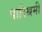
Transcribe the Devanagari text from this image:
पारिश्रमी